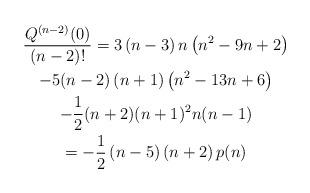
LaTeX: \begin{gather*}\dfrac{Q^{(n-2)}(0)}{(n-2)!}=3\left( n-3\right) n\left( n^{2}-9n+2\right) \\-5(n-2)\left( n+1\right) \left( n^{2}-13n+6\right) \\-\dfrac{1}{2}(n+2)(n+1)^{2}n(n-1) \\=-\dfrac{1}{2}\left( n-5\right) \left( n+2\right) p(n)\end{gather*}